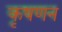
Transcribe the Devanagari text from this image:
कृषणन